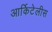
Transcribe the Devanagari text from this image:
आर्किटेलीस